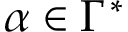
\alpha \in \Gamma ^ { * }